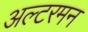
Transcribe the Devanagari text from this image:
अल्टरमन